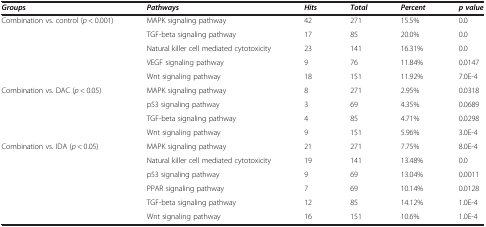
<table><thead><tr><td><b><i>Groups</i></b></td><td><b><i>Pathways</i></b></td><td><b><i>Hits</i></b></td><td><b><i>Total</i></b></td><td><b><i>Percent</i></b></td><td><b><i>p value</i></b></td></tr></thead><tbody><tr><td>Combination vs. control (<i>p</i> &lt; 0.001)</td><td>MAPK signaling pathway</td><td>42</td><td>271</td><td>15.5%</td><td>0.0</td></tr><tr><td> </td><td>TGF-beta signaling pathway</td><td>17</td><td>85</td><td>20.0%</td><td>0.0</td></tr><tr><td> </td><td>Natural killer cell mediated cytotoxicity</td><td>23</td><td>141</td><td>16.31%</td><td>0.0</td></tr><tr><td> </td><td>VEGF signaling pathway</td><td>9</td><td>76</td><td>11.84%</td><td>0.0147</td></tr><tr><td> </td><td>Wnt signaling pathway</td><td>18</td><td>151</td><td>11.92%</td><td>7.0E-4</td></tr><tr><td>Combination vs. DAC (<i>p</i> &lt; 0.05)</td><td>MAPK signaling pathway</td><td>8</td><td>271</td><td>2.95%</td><td>0.0318</td></tr><tr><td> </td><td>p53 signaling pathway</td><td>3</td><td>69</td><td>4.35%</td><td>0.0689</td></tr><tr><td> </td><td>TGF-beta signaling pathway</td><td>4</td><td>85</td><td>4.71%</td><td>0.0298</td></tr><tr><td> </td><td>Wnt signaling pathway</td><td>9</td><td>151</td><td>5.96%</td><td>3.0E-4</td></tr><tr><td>Combination vs. IDA (<i>p</i> &lt; 0.05)</td><td>MAPK signaling pathway</td><td>21</td><td>271</td><td>7.75%</td><td>8.0E-4</td></tr><tr><td> </td><td>Natural killer cell mediated cytotoxicity</td><td>19</td><td>141</td><td>13.48%</td><td>0.0</td></tr><tr><td> </td><td>p53 signaling pathway</td><td>9</td><td>69</td><td>13.04%</td><td>0.0011</td></tr><tr><td> </td><td>PPAR signaling pathway</td><td>7</td><td>69</td><td>10.14%</td><td>0.0128</td></tr><tr><td> </td><td>TGF-beta signaling pathway</td><td>12</td><td>85</td><td>14.12%</td><td>1.0E-4</td></tr><tr><td> </td><td>Wnt signaling pathway</td><td>16</td><td>151</td><td>10.6%</td><td>1.0E-4</td></tr></tbody></table>